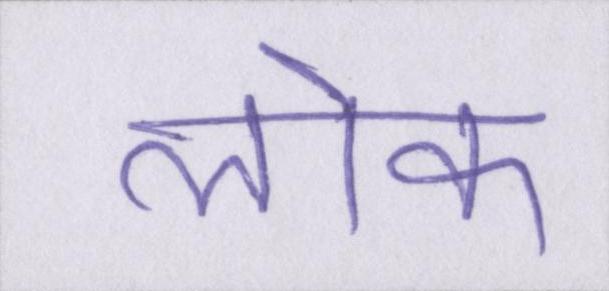
लॊक